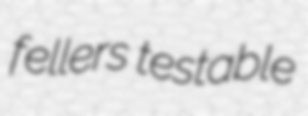
fellers testable